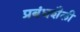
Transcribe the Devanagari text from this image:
प्रबंधशैली